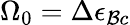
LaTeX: \Omega_{0}=\Delta\epsilon_{\mathcal{B}c}